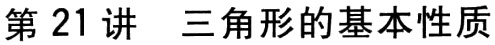
第21讲 三角形的基本性质